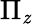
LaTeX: \Pi_{\mathit{z}}